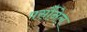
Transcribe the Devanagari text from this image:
पर्सौनेल